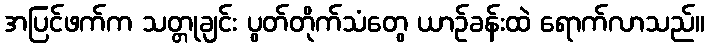
အပြင်ဖက်က သတ္တုချင်း ပွတ်တိုက်သံတွေ ယာဉ်ခန်းထဲ ရောက်လာသည်။